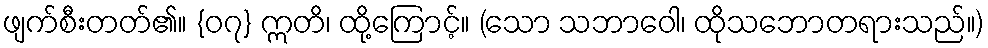
ဖျက်စီးတတ်၏။ {၀၇} ဣတိ၊ ထို့ကြောင့်။ (သော သဘာဝေါ၊ ထိုသဘောတရားသည်။)